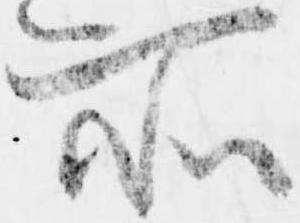
所